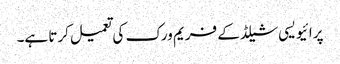
پرائیویسی شیلڈ کے فریم ورک کی تعمیل کرتا ہے۔